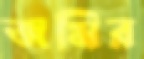
জমির